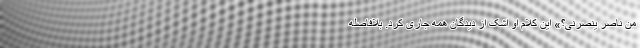
من ناصر ینصرنی؟» این کلام او اشک از دیدگان همه جاری کرد. بلافاصله